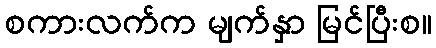
စကားလက်က မျက်နှာ မြင်ပြီးစ။